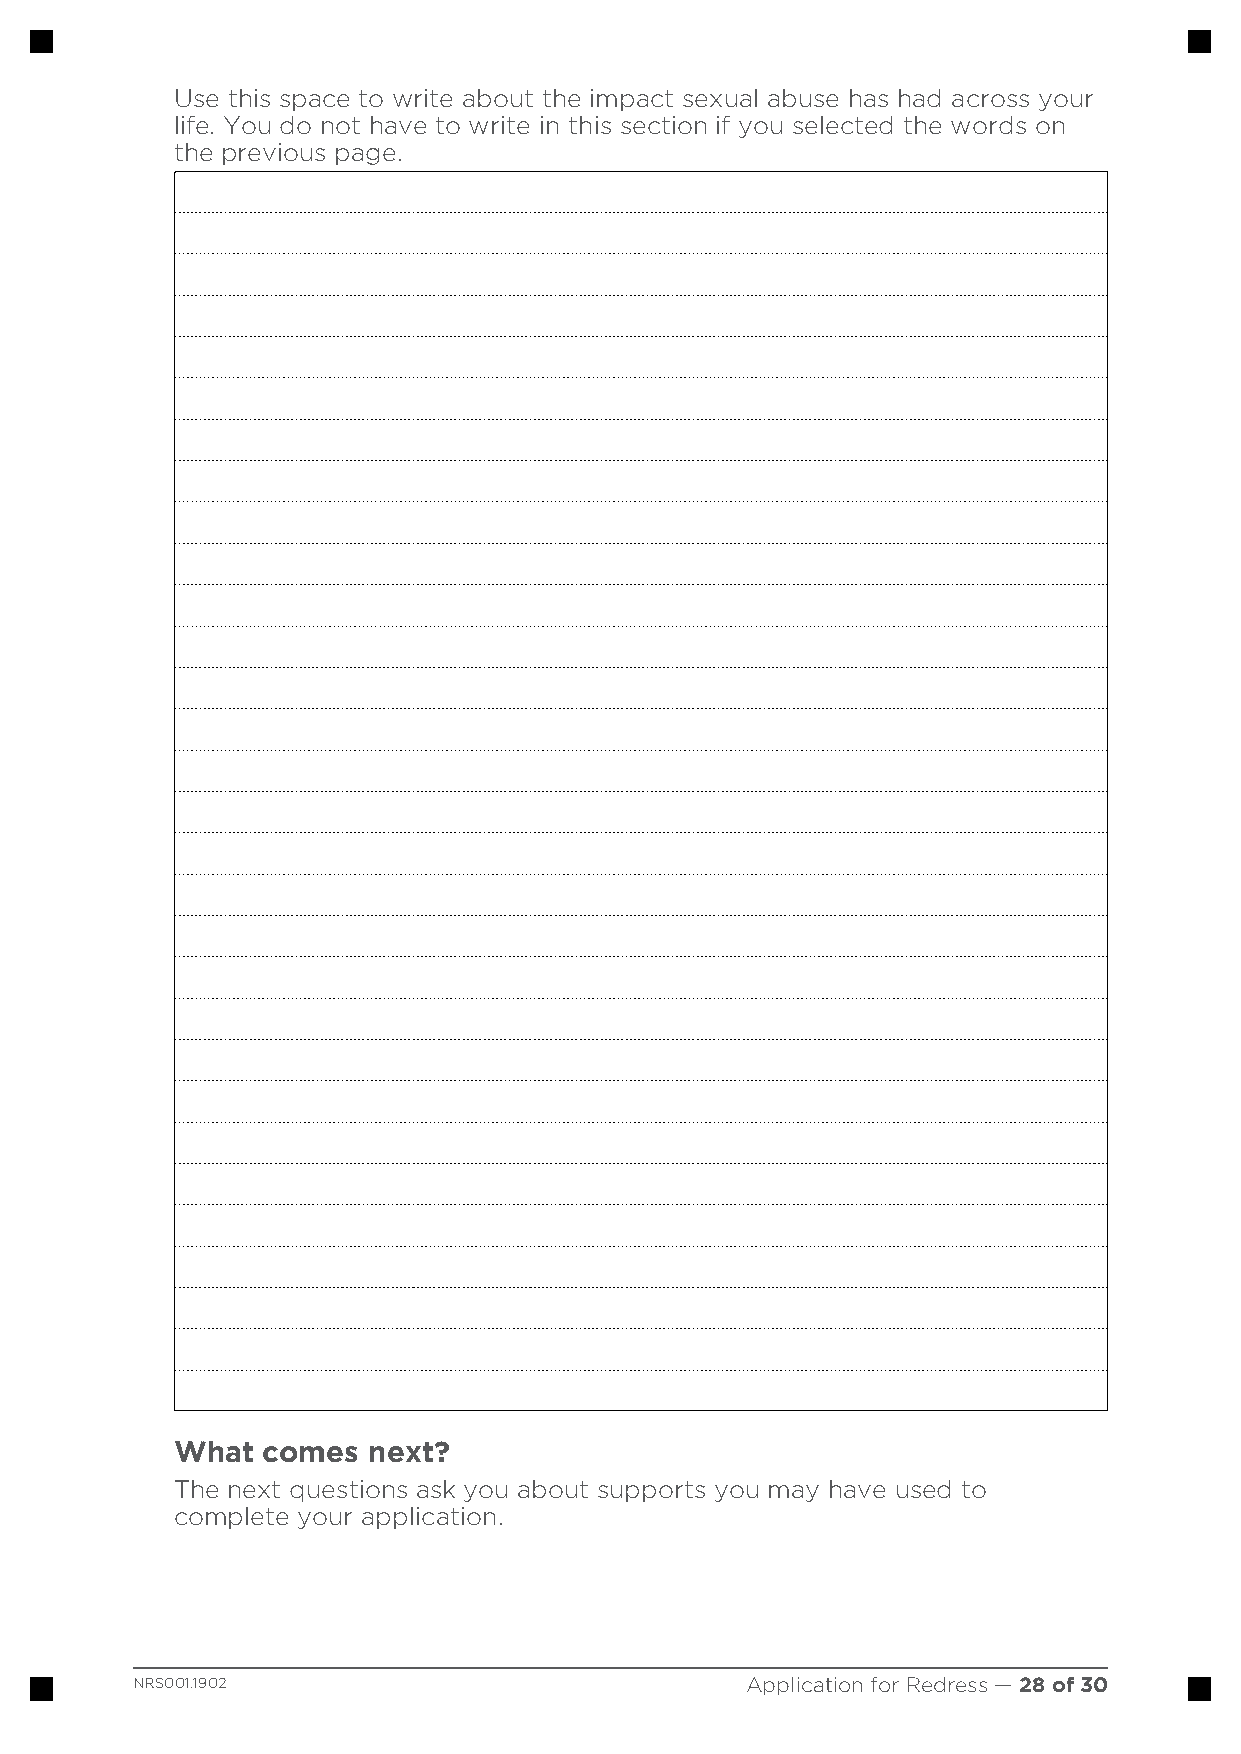
Use this space to write about the impact sexual abuse has had across your
 life. You do not have to write in this section if you selected the words on
 the previous page.
 What comes  next?
 The next questions ask you about supports you may have used to
 complete your application.
 NRS001.1902                             Application for Redress — 28 of 30